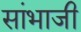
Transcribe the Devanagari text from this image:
सांभाजी